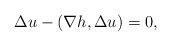
LaTeX: \begin{align*}\Delta u - (\nabla h, \Delta u) = 0,\end{align*}